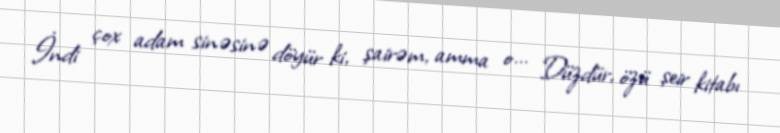
İndi çox adam sinəsinə döyür ki, şairəm, amma o... Düzdür, özü şeir kitabı